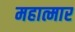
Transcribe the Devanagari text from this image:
महात्मार